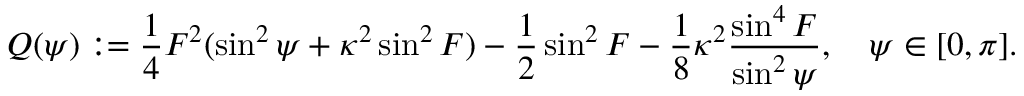
Q ( \psi ) : = \frac { 1 } { 4 } F ^ { 2 } ( \sin ^ { 2 } { \psi } + \kappa ^ { 2 } \sin ^ { 2 } { F } ) - \frac { 1 } { 2 } \sin ^ { 2 } { F } - \frac { 1 } { 8 } \kappa ^ { 2 } \frac { \sin ^ { 4 } { F } } { \sin ^ { 2 } { \psi } } , \quad \psi \in [ 0 , \pi ] .